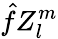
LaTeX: \hat{f}Z_{l}^{m}